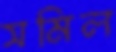
সমিল